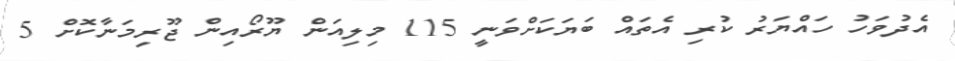
އެދުވަހު ހައްޔަރު ކުރި އެތައް ބަޔަކަށްވަނީ 115 މިލިއަން ޔޫރޯއިން ޖޫރިމަނާކޮށް 5